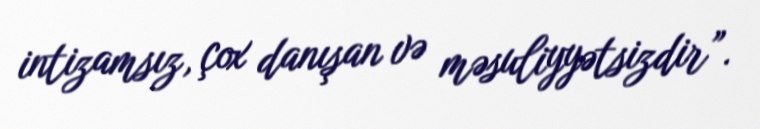
intizamsız, çox danışan və məsuliyyətsizdir”.